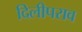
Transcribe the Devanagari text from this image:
दिलीपराव